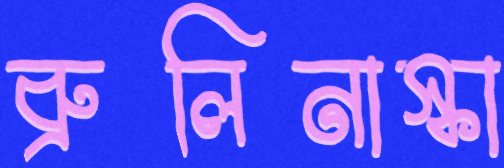
ব্রুলিনাস্কা